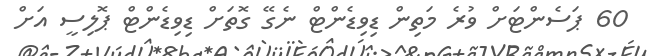
60 ޕަސެންޓަށް ވުރެ މަތިން ޑިވިޑެންޓް ނެގޭ ގޮތަށް ޑިވިޑެންޓް ޕޮލިސީ އަށް